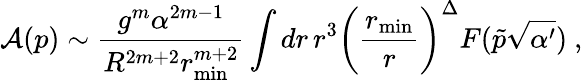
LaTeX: {\cal A}(p)\sim\frac{g^{m}\alpha^{2m-1}}{R^{2m+2}r_{\mathrm{min}}^{m+2}}\int dr\, r^{3}\biggl(\frac{r_{\mathrm{min}}}{r}\biggr)^{\Delta}F(\tilde{p}\sqrt{\alpha^{\prime}})\ ,